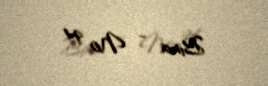
Bina - № 94